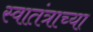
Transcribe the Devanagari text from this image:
स्वातंत्राच्या